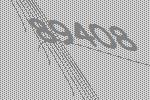
89408